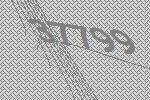
37799